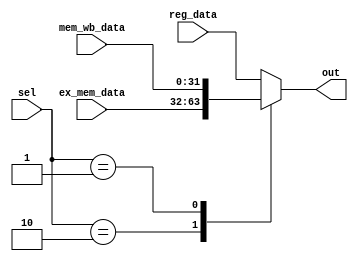
`timescale 1ns / 1ps
//////////////////////////////////////////////////////////////////////////////////
// Company: 
// Engineer: 
// 
// Design Name: 
// Module Name: bypath
// Project Name: 
// Target Devices: 
// Tool Versions: 
// Description: 
// 
// Dependencies: 
// 
// Revision:
// Revision 0.01 - File Created
// Additional Comments:
// 
//////////////////////////////////////////////////////////////////////////////////


module bypath(
input wire [31:0]   reg_data,
input wire [31:0]   ex_mem_data,
input wire [31:0]   mem_wb_data,
input wire [1:0]    sel,
output wire [31:0]  out
    );
    
    /* the bypass is a 3-1 MUX */
    assign out = OUT(reg_data, ex_mem_data, mem_wb_data, sel);
    
    function [31:0] OUT;
    input [31:0]    a;
    input [31:0]    b;
    input [31:0]    c;
    input [1:0]     sel;
    begin
        case( sel )
        2'b00: OUT = a;
        2'b10: OUT = b;
        2'b01: OUT = c;
        default: OUT = a;
        endcase
    end
    endfunction
    
endmodule